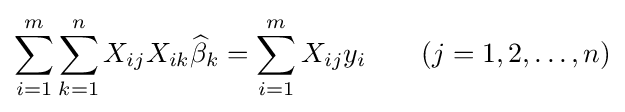
\sum _{i=1}^{m}\sum _{k=1}^{n}X_{ij}X_{ik}{\widehat {\beta }}_{k}=\sum _{i=1}^{m}X_{ij}y_{i}\qquad (j=1,2,\dots ,n)